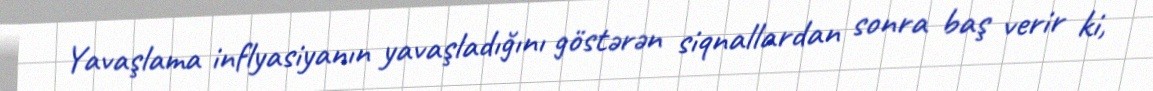
Yavaşlama inflyasiyanın yavaşladığını göstərən siqnallardan sonra baş verir ki,